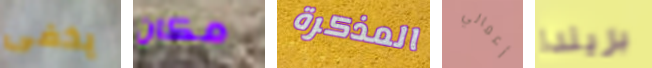
يخفى مكان المذكرة أعمالي بريندا